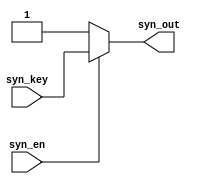
module   syn_selcet(
						input syn_en,
						input syn_key,
						output syn_out
					);

assign 	syn_out = (!syn_en)?1'b1:syn_key;

endmodule